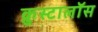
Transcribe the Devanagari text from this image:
क्रुस्टालॉस